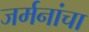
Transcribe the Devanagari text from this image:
जर्मनांचा